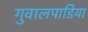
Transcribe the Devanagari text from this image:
गुवालपाडिया